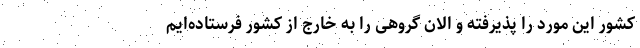
کشور این مورد را پذیرفته و الان گروهی را به خارج از کشور فرستاده‌‌ایم